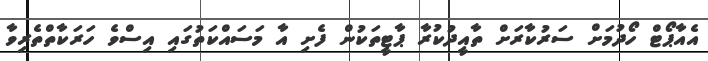
އެއާޕޯޓް ހޯދުމަށް ސަރުކާރަށް ތާއީދުކުރާ ޕާޓީތަކުން ފެށި އާ މަސައްކަތުގައި އިސްވެ ހަރަކާތްތެރިވާ